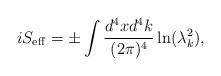
LaTeX: \begin{align*}iS_{\rm eff}=\pm\int {d^4xd^4k\over (2\pi)^4}\ln(\lambda^2_k),\end{align*}